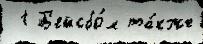
 1 Б'ейсбо́л та́кже